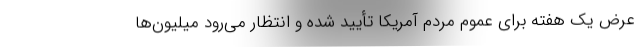
عرض یک هفته برای عموم مردم آمریکا تأیید شده و انتظار می‌رود میلیون‌ها